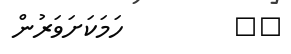
٤٨         ހަމަކަށަވަރުން